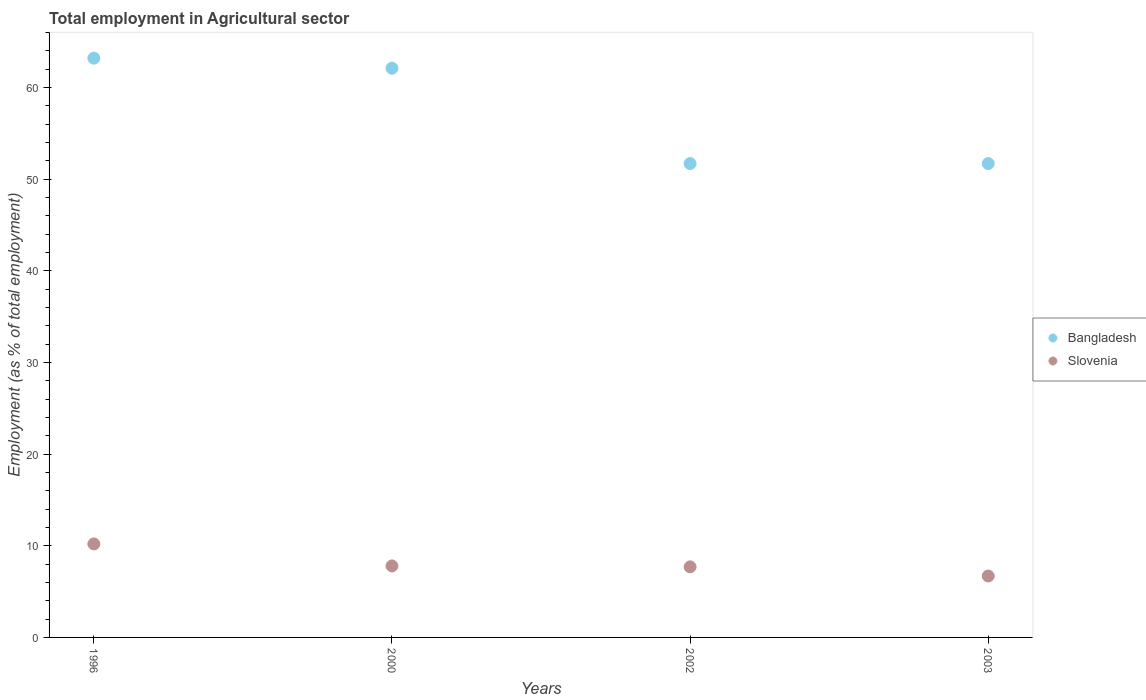
| Years | Bangladesh | Slovenia |
 | --- | --- | --- |
 | 1996 | 63.2 | 10.2 |
 | 2000 | 62.1 | 7.8 |
 | 2002 | 51.7 | 7.7 |
 | 2003 | 51.7 | 6.7 |